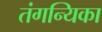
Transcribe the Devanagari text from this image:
तंगन्यिका